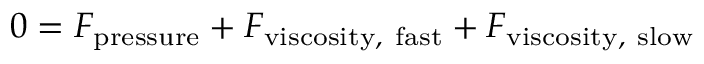
0 = F _ { \mathrm { p r e s s u r e } } + F _ { \mathrm { v i s c o s i t y , ~ f a s t } } + F _ { \mathrm { v i s c o s i t y , ~ s l o w } }